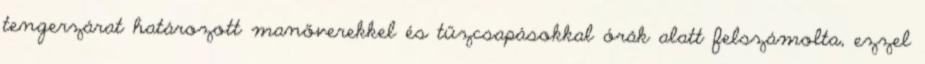
tengerzárat határozott manőverekkel és tűzcsapásokkal órák alatt felszámolta, ezzel